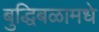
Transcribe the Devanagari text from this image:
बुद्धिबळामधे